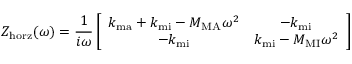
Z _ { \mathrm { h o r z } } ( \omega ) = \frac { 1 } { i \omega } \left[ \begin{array} { c c } { k _ { \mathrm { m a } } + k _ { \mathrm { m i } } - M _ { \mathrm { M A } } \omega ^ { 2 } } & { - k _ { \mathrm { m i } } } \\ { - k _ { \mathrm { m i } } } & { k _ { \mathrm { m i } } - M _ { \mathrm { M I } } \omega ^ { 2 } } \end{array} \right]